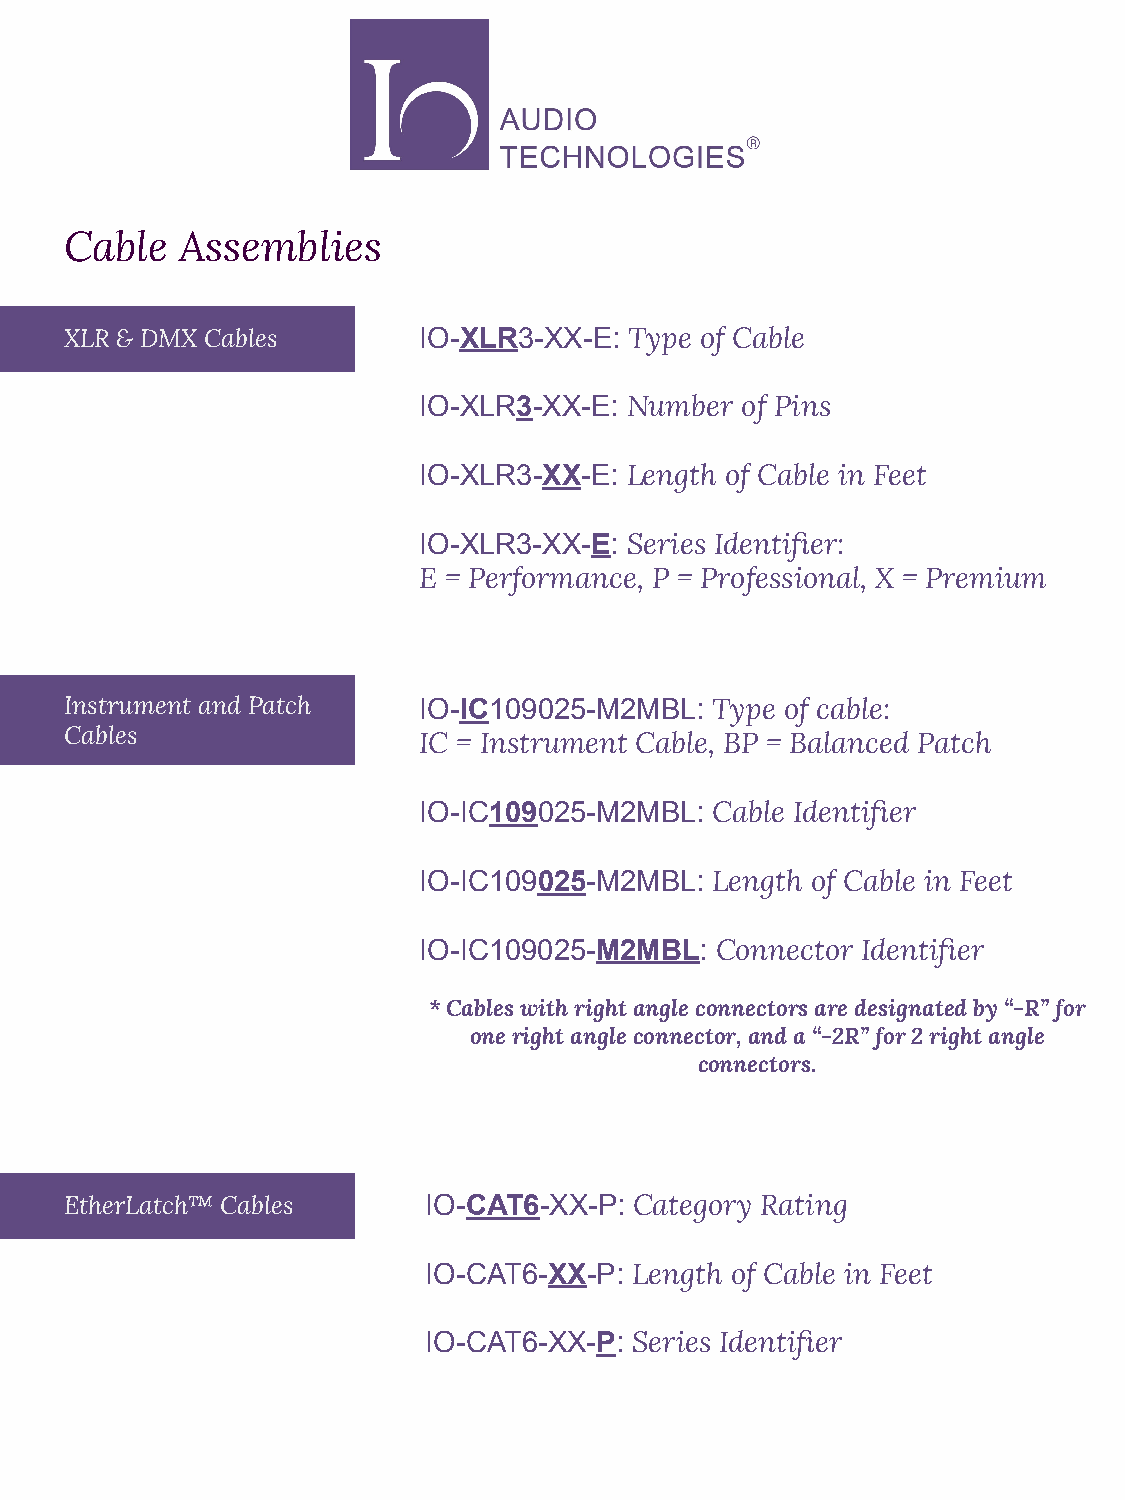
Cable   Assemblies
 XLR & DMX Cables        IO-XLR3-XX-E: Type of Cable
 IO-XLR3-XX-E: Number of Pins
 IO-XLR3-XX-E: Length of Cable in Feet
 IO-XLR3-XX-E: Series Identifier:
 E = Performance, P = Professional, X = Premium
 Instrument and Patch    IO-IC109025-M2MBL: Type of cable:
 Cables
 IC = Instrument Cable, BP = Balanced Patch
 IO-IC109025-M2MBL: Cable Identifier
 IO-IC109025-M2MBL: Length of Cable in Feet
 IO-IC109025-M2MBL: Connector Identifier
 * Cables with right angle connectors are designated by “-R” for
 one right angle connector, and a “-2R” for 2 right angle
 connectors.
 EtherLatch™ Cables      IO-CAT6-XX-P: Category Rating
 IO-CAT6-XX-P: Length of Cable in Feet
 IO-CAT6-XX-P: Series Identifier